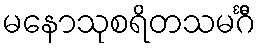
မနောသုစရိတသမင်္ဂီ